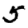
Digit: 5